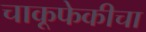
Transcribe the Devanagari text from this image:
चाकूफेकीचा